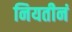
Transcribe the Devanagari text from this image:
नियतीनं